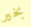
بخير